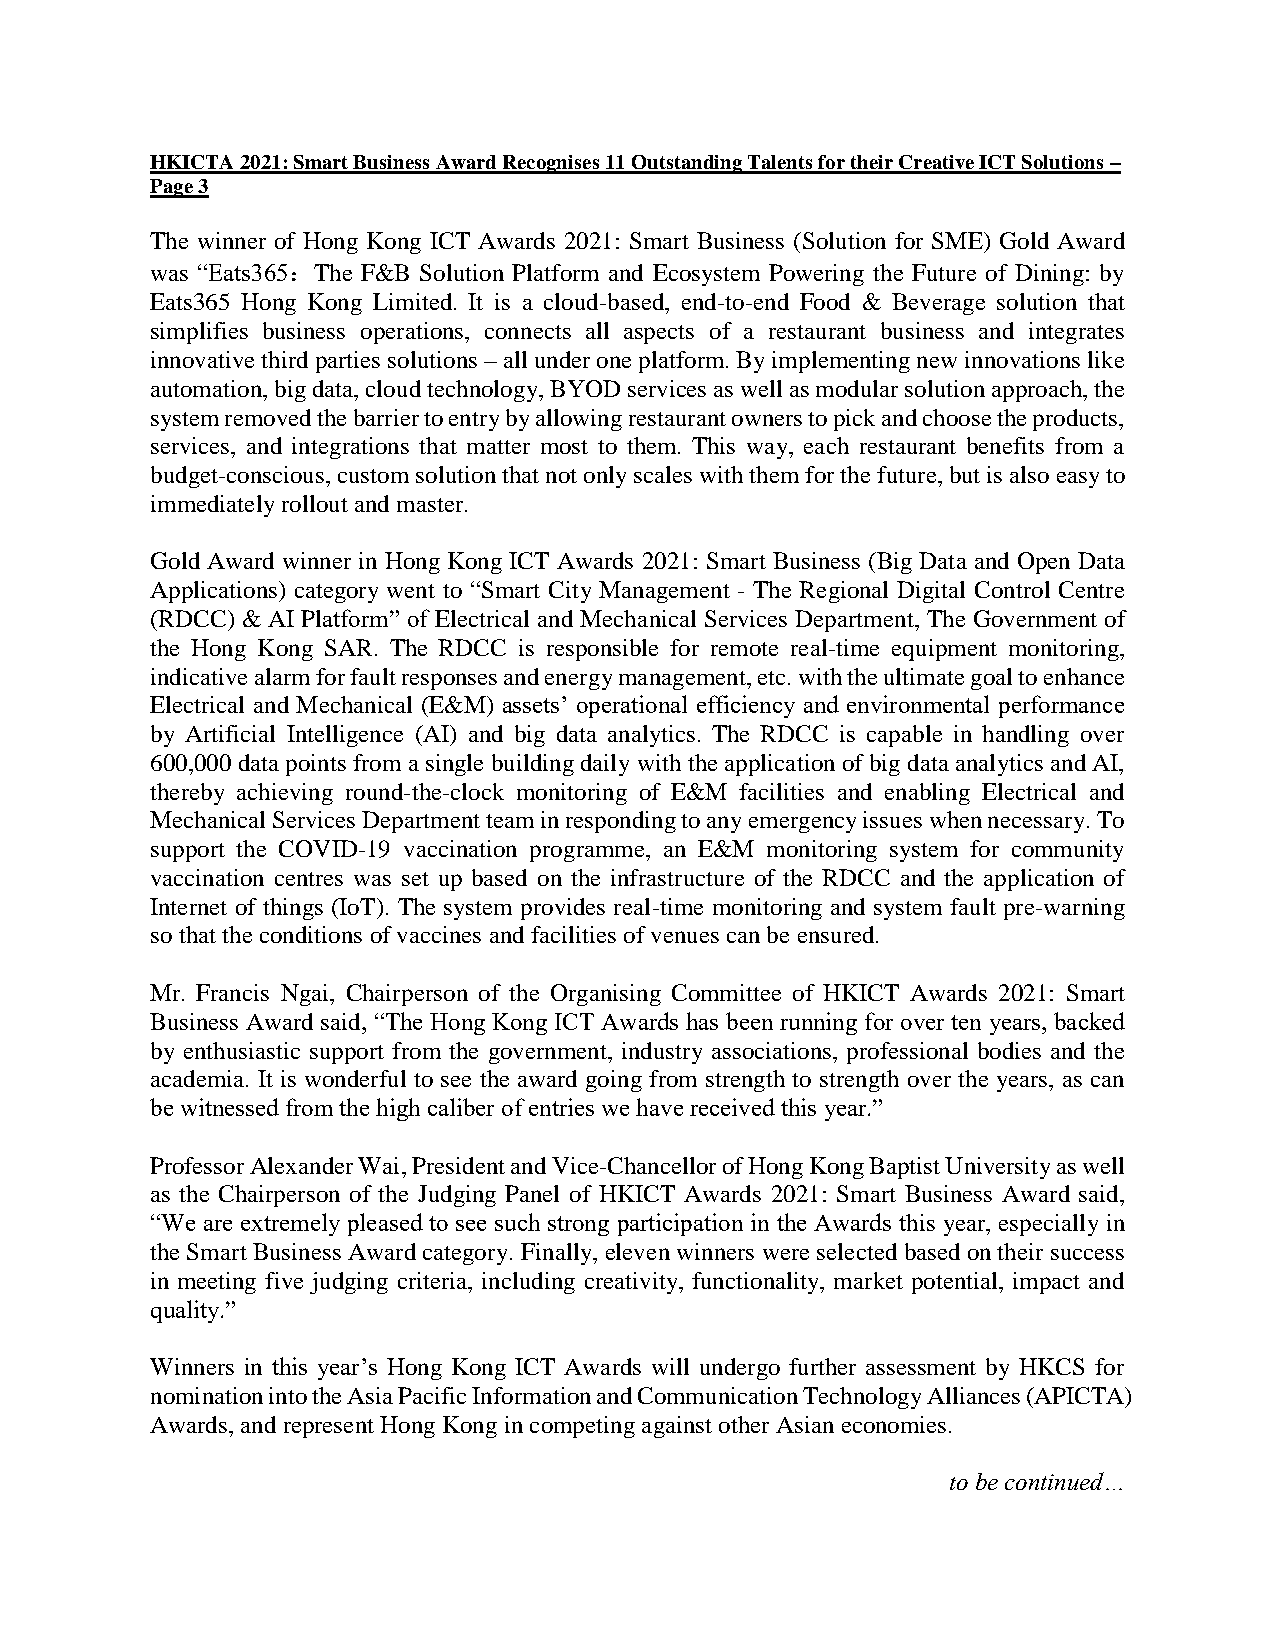
HKICTA 2021: Smart Business Award Recognises 11 Outstanding Talents for their Creative ICT Solutions –
 Page 3
 The winner of Hong Kong ICT Awards 2021: Smart Business (Solution for SME) Gold Award
 was “Eats365：The F&B Solution Platform and Ecosystem Powering the Future of Dining: by
 Eats365 Hong Kong Limited. It is a cloud-based, end-to-end Food & Beverage solution that
 simplifies business operations, connects all aspects of a restaurant business and integrates
 innovative third parties solutions – all under one platform. By implementing new innovations like
 automation, big data, cloud technology, BYOD services as well as modular solution approach, the
 system removed the barrier to entry by allowing restaurant owners to pick and choose the products,
 services, and integrations that matter most to them. This way, each restaurant benefits from a
 budget-conscious, custom solution that not only scales with them for the future, but is also easy to
 immediately rollout and master.
 Gold Award winner in Hong Kong ICT Awards 2021: Smart Business (Big Data and Open Data
 Applications) category went to “Smart City Management - The Regional Digital Control Centre
 (RDCC) & AI Platform” of Electrical and Mechanical Services Department, The Government of
 the Hong Kong SAR. The RDCC is responsible for remote real-time equipment monitoring,
 indicative alarm for fault responses and energy management, etc. with the ultimate goal to enhance
 Electrical and Mechanical (E&M) assets’ operational efficiency and environmental performance
 by Artificial Intelligence (AI) and big data analytics. The RDCC is capable in handling over
 600,000 data points from a single building daily with the application of big data analytics and AI,
 thereby achieving round-the-clock monitoring of E&M facilities and enabling Electrical and
 Mechanical Services Department team in responding to any emergency issues when necessary. To
 support the COVID-19 vaccination programme, an E&M monitoring system for community
 vaccination centres was set up based on the infrastructure of the RDCC and the application of
 Internet of things (IoT). The system provides real-time monitoring and system fault pre-warning
 so that the conditions of vaccines and facilities of venues can be ensured.
 Mr. Francis Ngai, Chairperson of the Organising Committee of HKICT Awards 2021: Smart
 Business Award said, “The Hong Kong ICT Awards has been running for over ten years, backed
 by enthusiastic support from the government, industry associations, professional bodies and the
 academia. It is wonderful to see the award going from strength to strength over the years, as can
 be witnessed from the high caliber of entries we have received this year.”
 Professor Alexander Wai, President and Vice-Chancellor of Hong Kong Baptist University as well
 as the Chairperson of the Judging Panel of HKICT Awards 2021: Smart Business Award said,
 “We are extremely pleased to see such strong participation in the Awards this year, especially in
 the Smart Business Award category. Finally, eleven winners were selected based on their success
 in meeting five judging criteria, including creativity, functionality, market potential, impact and
 quality.”
 Winners in this year’s Hong Kong ICT Awards will undergo further assessment by HKCS for
 nomination into the Asia Pacific Information and Communication Technology Alliances (APICTA)
 Awards, and represent Hong Kong in competing against other Asian economies.
 to be continued…